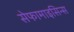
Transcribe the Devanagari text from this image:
सेफामाइसिन्स